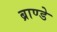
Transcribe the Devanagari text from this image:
ब्राण्डे